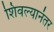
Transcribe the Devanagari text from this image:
शिवल्यानंतर